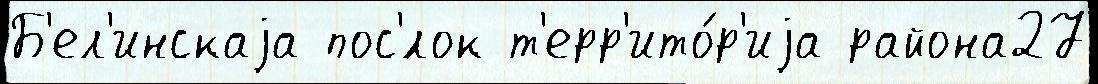
Б'ел'инскаjа пос'́лок т'ерр'ито́р'иjа района27